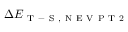
\Delta E _ { \mathrm { ~ T ~ - ~ S ~ , ~ N ~ E ~ V ~ P ~ T ~ 2 ~ } }